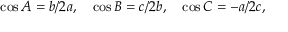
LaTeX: \cos A = b / 2 a , \quad \cos B = c / 2 b , \quad \cos C = - a / 2 c ,